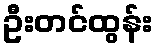
ဦးတင်ထွန်း